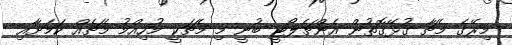
މިރޭގެ މެޗާ ގުޅޭގޮތުން އެންޗެލޯޓީ ބުނީ މި މެޗަކީ މުހިއްމު މެޗެއް ކަމަށާއި